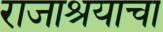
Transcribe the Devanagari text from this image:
राजाश्रयाचा